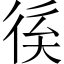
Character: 𢓽